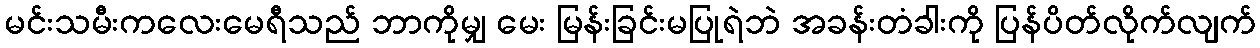
မင်းသမီးကလေးမေရီသည် ဘာကိုမျှ မေး မြန်းခြင်းမပြုရဲဘဲ အခန်းတံခါးကို ပြန်ပိတ်လိုက်လျက်